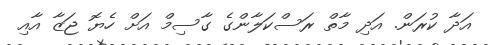
އަދާ ކުރަން. އަދި މާތް ރަސްކަލާންގެ ގާސިމް އަށް ހެޔޮ ޖަޒާ އާއި